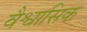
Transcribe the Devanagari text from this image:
वैश्वासिक